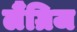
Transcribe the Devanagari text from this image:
लैंग्रिज